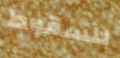
للسقوط